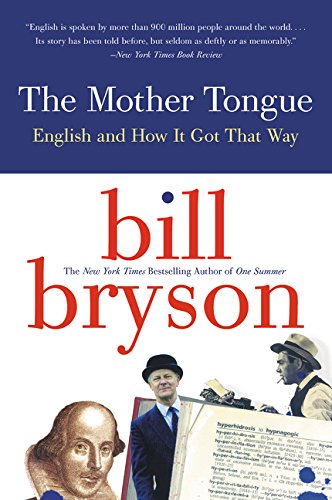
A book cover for The Mother Tongue - English And How It Got That Way; Bill Bryson; Humor & Entertainment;